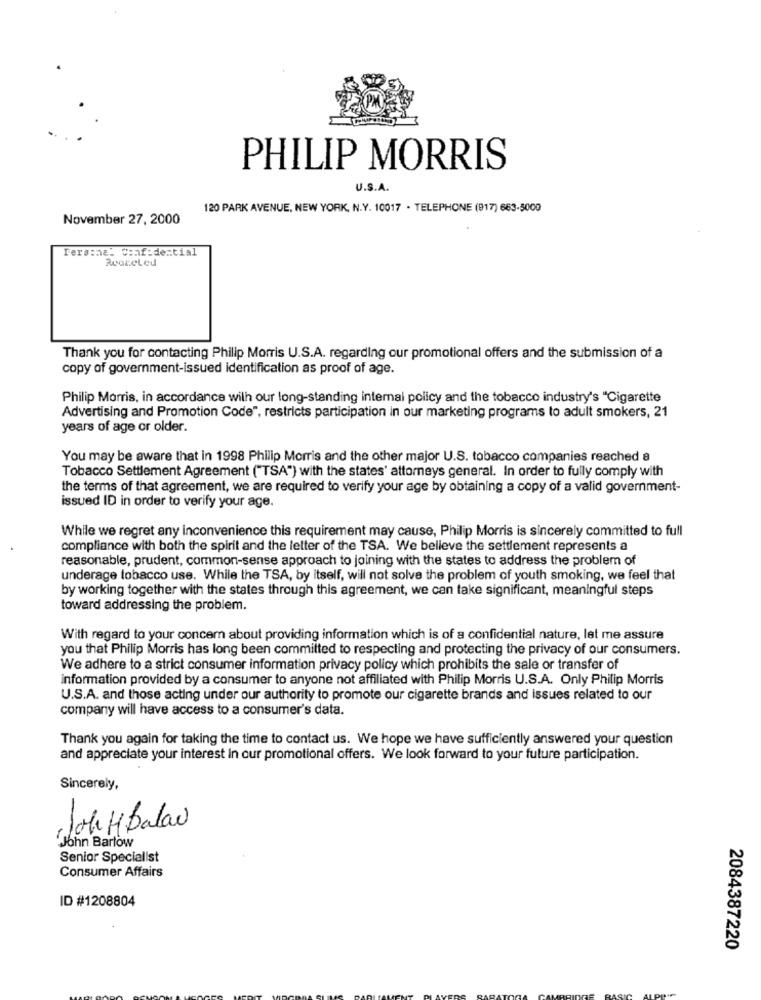
PHILIP MORRIS
U.S.A.
120 PARK AVENUE, NEW YORK, N.Y. 10017 . TELEPHONE (917) 663-5000
November 27, 2000
Tersona. confidential
Thank you for contacting Philip Morris U.S.A. regarding our promotional offers and the submission of a
copy of government-issued identification as proof of age.
Philip Morris, in accordance with our long-standing internal policy and the tobacco industry's "Cigarette
Advertising and Promotion Code", restricts participation in our marketing programs to adult smokers, 21
years of age or older.
You may be aware that in 1998 Philip Morris and the other major U.S. tobacco companies reached a
Tobacco Settlement Agreement ("TSA") with the states' attorneys general. In order to fully comply with
the terms of that agreement, we are required to verify your age by obtaining a copy of a valid government-
issued ID in order to verify your age.
While we regret any inconvenience this requirement may cause, Philip Morris is sincerely committed to full
compliance with both the spirit and the letter of the TSA. We believe the settlement represents a
reasonable, prudent, common-sense approach to joining with the states to address the problem of
underage tobacco use. While the TSA, by itself, will not solve the problem of youth smoking, we feel that
by working together with the states through this agreement, we can take significant, meaningful steps
toward addressing the problem.
With regard to your concem about providing information which is of a confidential nature, let me assure
you that Philip Morris has long been committed to respecting and protecting the privacy of our consumers.
We adhere to a strict consumer information privacy policy which prohibits the sale or transfer of
information provided by a consumer to anyone not affiliated with Philip Morris U.S.A. Only Philip Morris
U.S.A. and those acting under our authority to promote our cigarette brands and issues related to our
company will have access to a consumer's data.
Thank you again for taking the time to contact us. We hope we have sufficiently answered your question
and appreciate your interest In our promotional offers. We look forward to your future participation.
Sincerely,
Jok KBalaw
John Barlow
Senior Specialist
Consumer Affairs
ID #1208804
2084387220